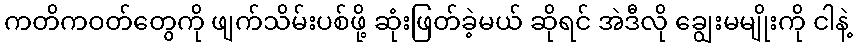
ကတိကဝတ်တွေကို ဖျက်သိမ်းပစ်ဖို့ ဆုံးဖြတ်ခဲ့မယ် ဆိုရင် အဲဒီလို ချွေးမမျိုးကို ငါနဲ့